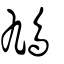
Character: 鳩